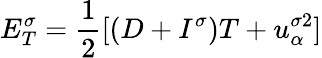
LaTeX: E_{T}^{\sigma}=\frac{1}{2}[(D+I^{\sigma})T+u_{\alpha}^{\sigma 2}]